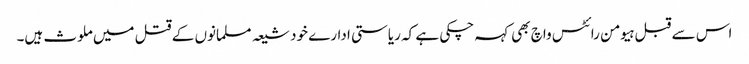
اس سے قبل ہیومن رائٹس واچ بھی کہہ چکی ہے کہ ریاستی ادارے خود شیعہ مسلمانوں کے قتل میں ملوث ہیں۔